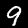
Digit: 9